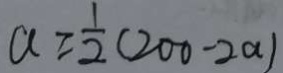
a \geq \frac { 1 } { 2 } ( 2 0 0 - 2 a )